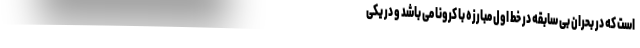
است که در بحران بی سابقه در خط اول مبارزه با کرونا می باشد و در یکی